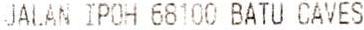
JALAN IPOH 68100 BATU CAVES